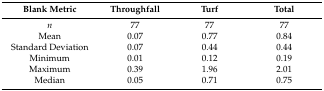
| Blank Metric | Throughfall | Turf | Total |
 | --- | --- | --- | --- |
 | n | 77 | 77 | 77 |
 | Mean | 0.07 | 0.77 | 0.84 |
 | Standard Deviation | 0.07 | 0.44 | 0.44 |
 | Minimum | 0.01 | 0.12 | 0.19 |
 | Maximum | 0.39 | 1.96 | 2.01 |
 | Median | 0.05 | 0.71 | 0.75 |